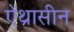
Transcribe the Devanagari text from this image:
ऐंथ्रासीन